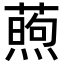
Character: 𬞜